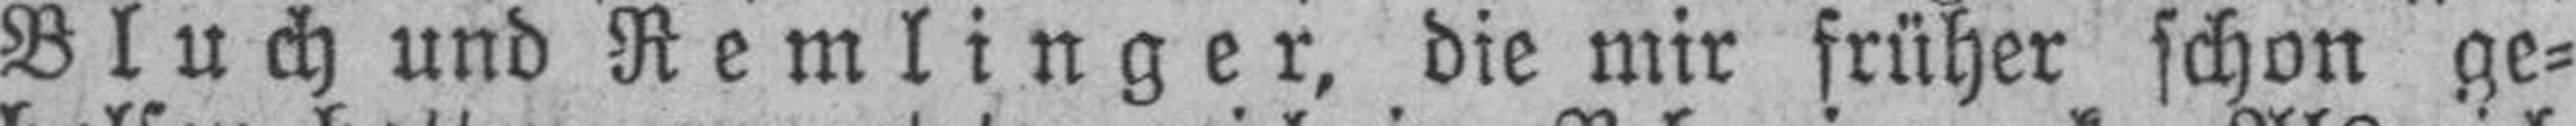
Bluch und Remlinger, die mir früher schon ge¬